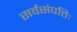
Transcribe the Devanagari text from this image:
सर्वसंपत्तिः